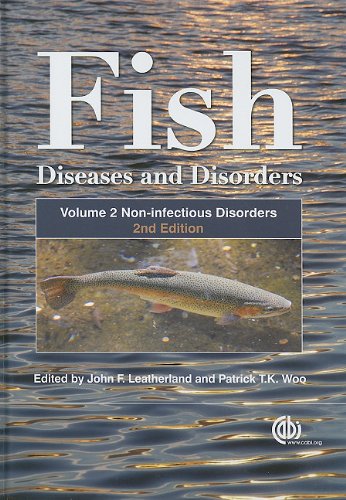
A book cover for Fish Diseases and Disorders; Medical Books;